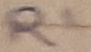
Text: R1